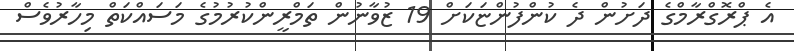
އެ ޕްރޮގްރާމްގެ ދަށުން ދެ ކުންފުންޏަކަށް 19 ޒުވާނުން ތަމްރީންކުރުމުގެ މަސައްކަތް މިހާރުވެސް